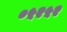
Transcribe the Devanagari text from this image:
०५२५२